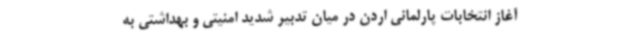
آغاز انتخابات پارلمانی اردن در میان تدبیر شدید امنیتی و بهداشتی به